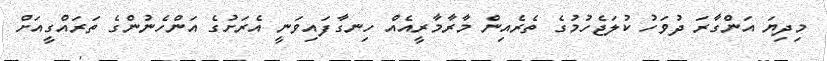
މިދިޔަ އަންގާރަ ދުވަހު ކުލަޖެހުމުގެ ތެރެއިން މާރާމާރީއެއް ހިނގާފައިވަނީ އެރަށުގެ އަންހެނުންގެ ތަރައްގީއަށް